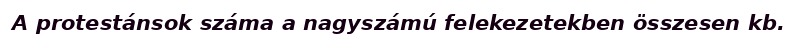
A protestánsok száma a nagyszámú felekezetekben összesen kb.